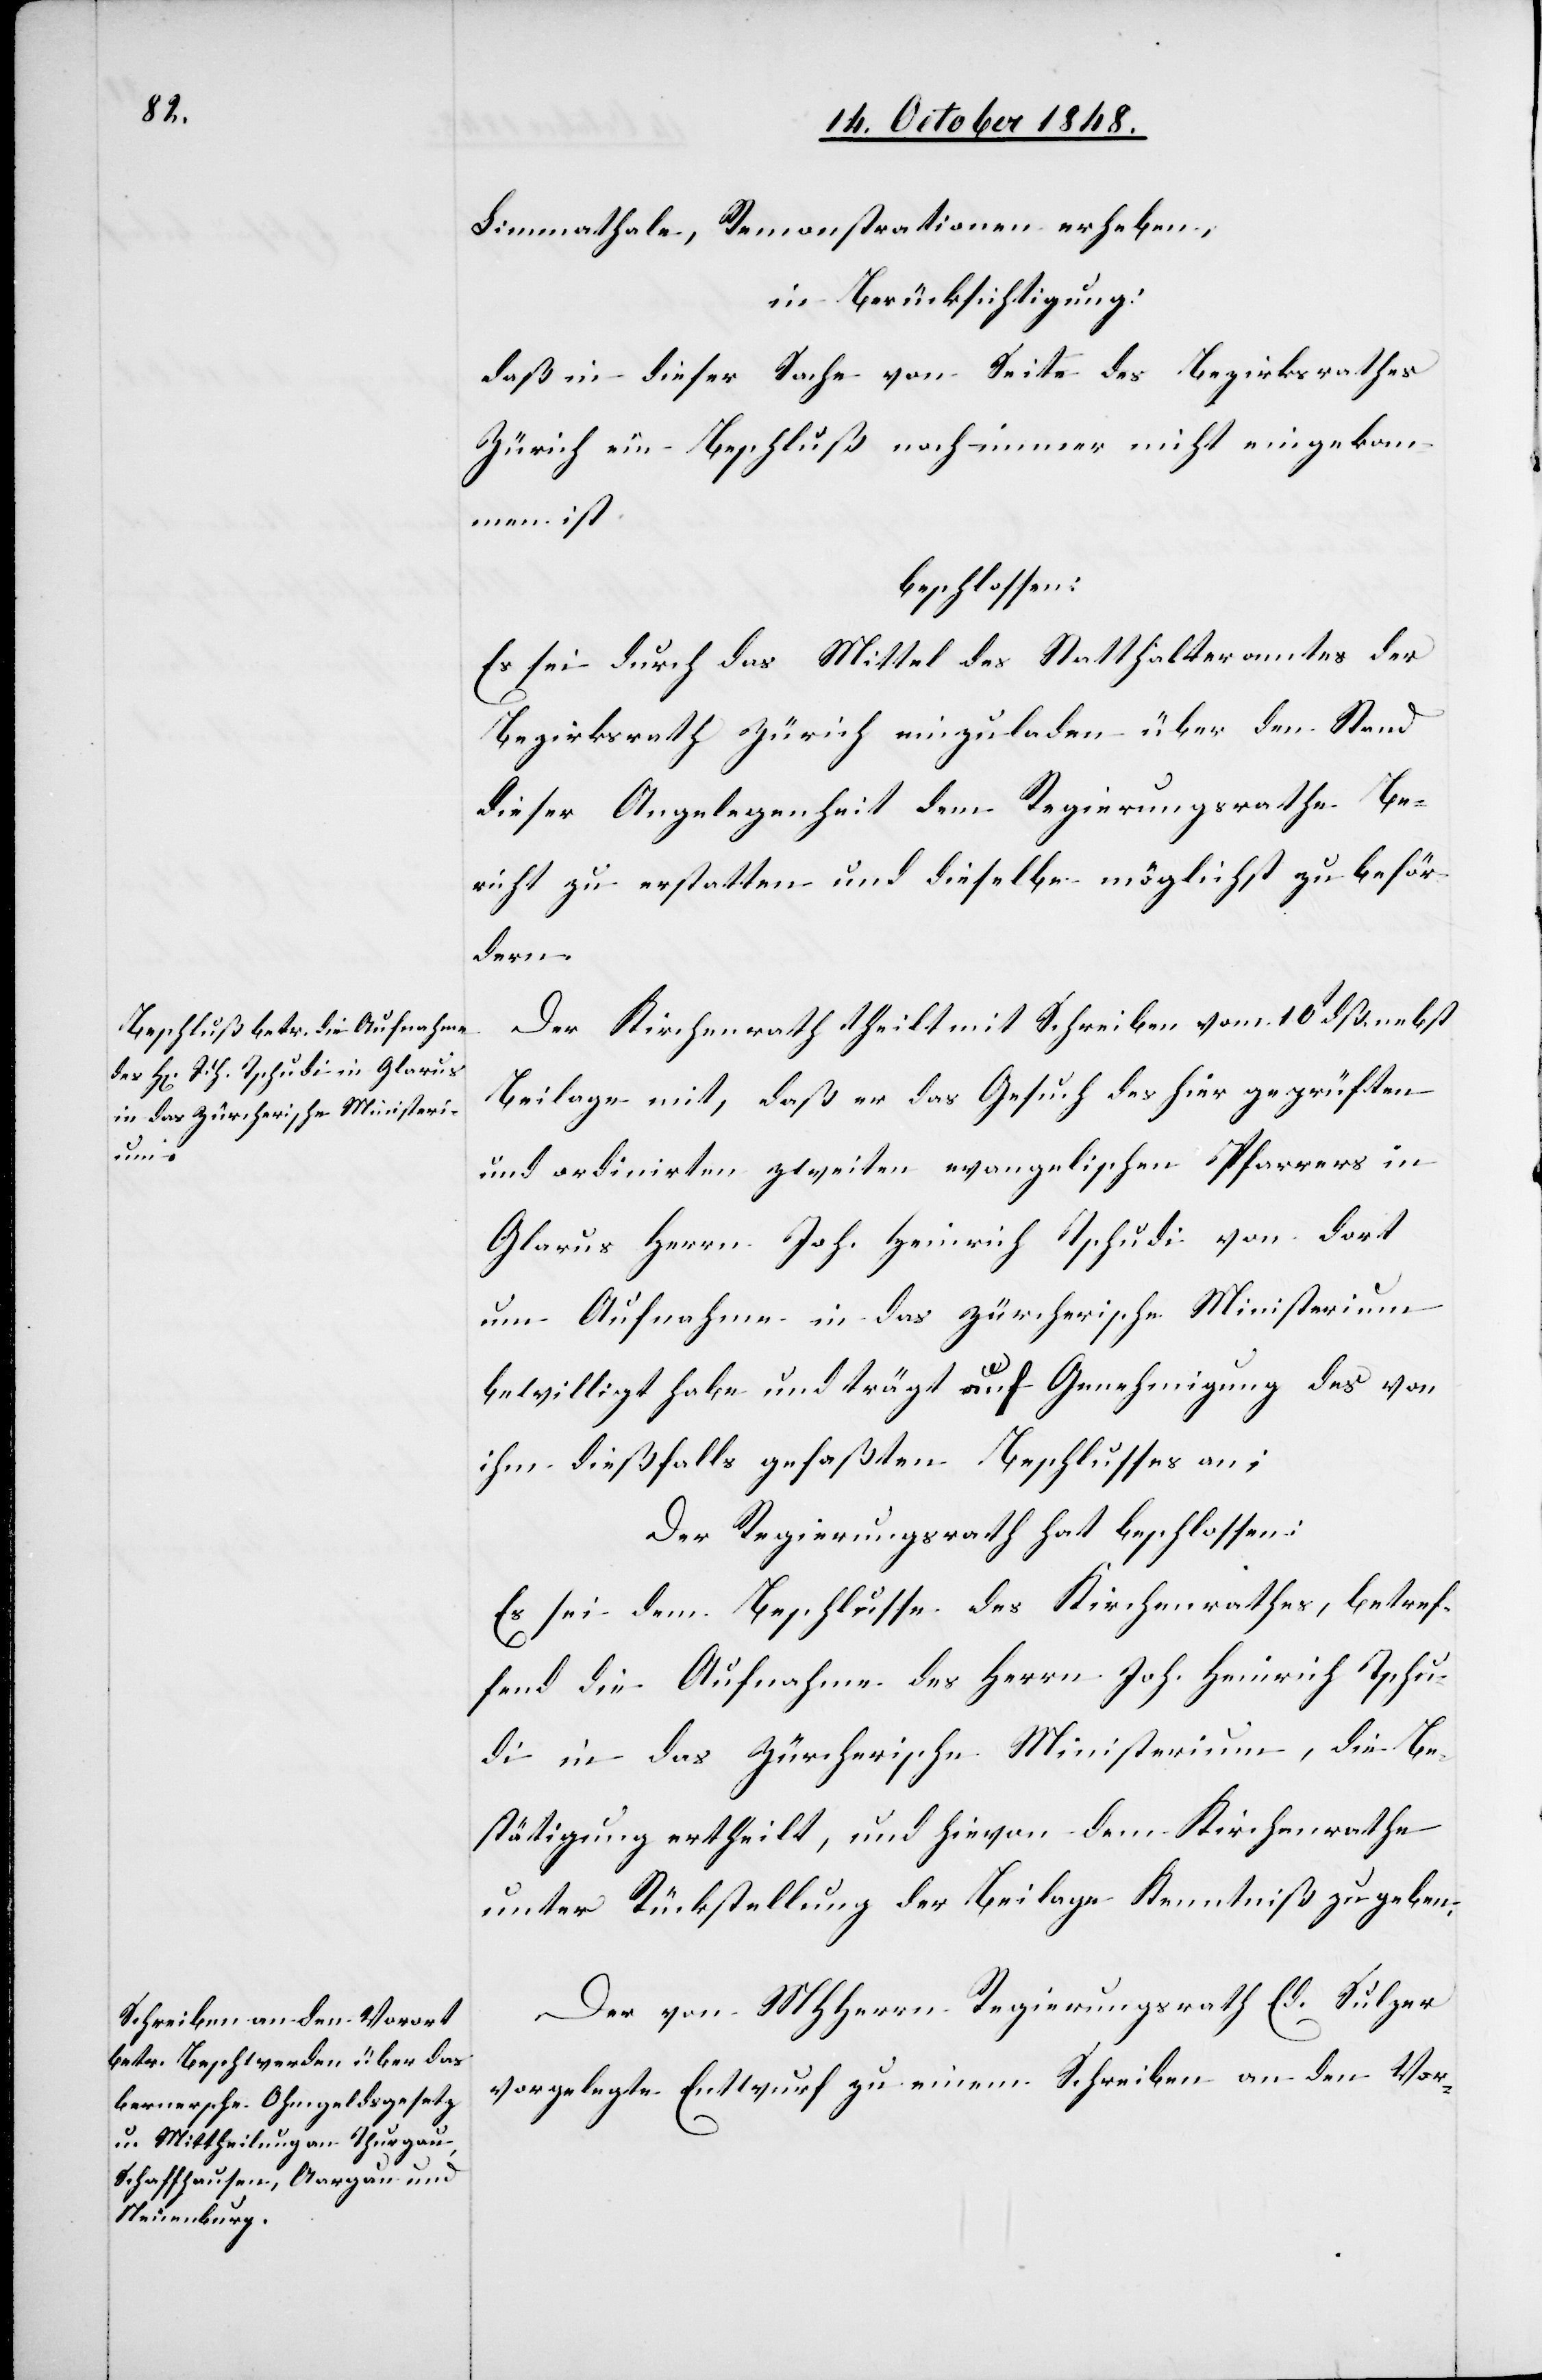
Limmathale, Remonstrationen erheben,
in Berücksichtigung:
daß in dieser Sache von Seite des Bezirksrathes
Zürich ein Beschluß noch immer nicht eingekom¬
men ist
beschlossen:
Es sei durch das Mittel des Statthalteramtes der
Bezirksrath Zürich einzuladen über den Stand
dieser Angelegenheit dem Regierungsrathe Be¬
richt zu erstatten und dieselbe möglichst zu beför¬
dern.
Der Kirchenrath theilt mit Schreiben vom 10t dß. nebst
Beilage, mit, daß er das Gesuch des hier geprüften
und ordinirten zweiten evangelischen Pfarrers in
Glarus Herrn Joh. Heinrich Tschudi von dort
um Aufnahme in das zürcherische Ministerium
bewilligt habe und trägt auf Genehmigung des von
ihm dießfalls gefaßten Beschlusses an;
Der Regierungsrath hat beschlossen:
Es sei dem Beschlusse des Kirchenrathes, betref¬
fend die Aufnahme des Herrn Joh. Heinrich Tschu¬
di in das Zürcherische Ministerium, die Be¬
stätigung ertheilt, und hievon dem Kirchenrathe
unter Rückstellung der Beilage Kenntniß zu geben.
Der von MHHerrn Regierungsrath Ed. Sulzer
vorgelegte Entwurf zu einem Schreiben an den Vor-